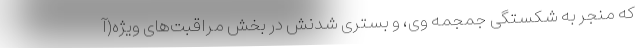
که منجر به شکستگی جمجمه وی، و بستری شدنش در بخش مراقبت‌های ویژه(آ